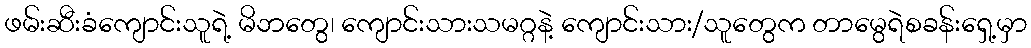
ဖမ်းဆီးခံကျောင်းသူရဲ့ မိဘတွေ၊ ကျောင်းသားသမဂ္ဂနဲ့ ကျောင်းသား/သူတွေက တာမွေရဲစခန်းရှေ့မှာ